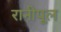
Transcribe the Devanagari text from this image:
रानीपूल